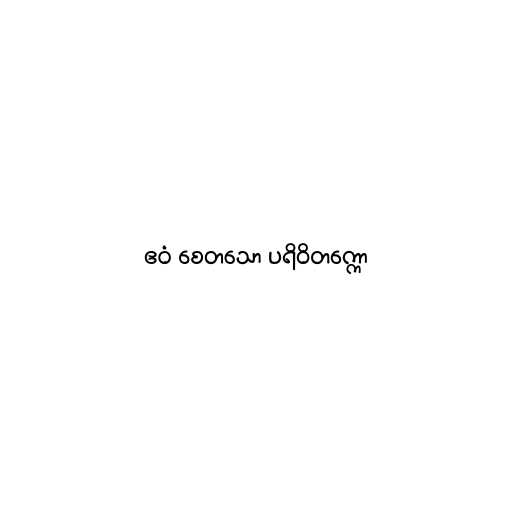
ဧဝံ စေတသော ပရိဝိတက္ကော